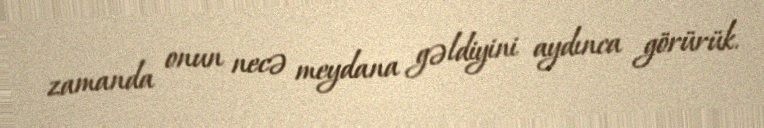
zamanda onun necə meydana gəldiyini aydınca görürük.